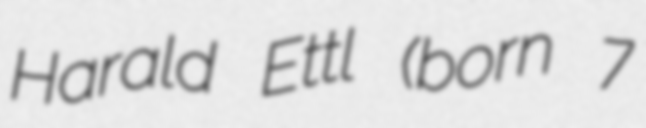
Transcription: Harald Ettl (born 7